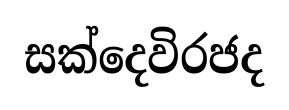
සක්දෙවිරජද